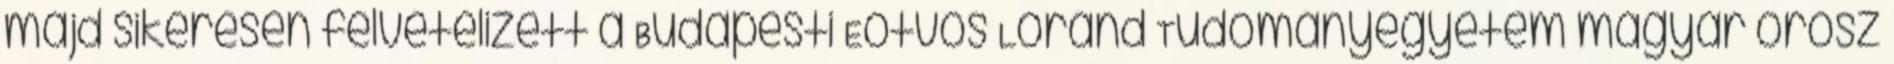
majd sikeresen felvételizett a Budapesti Eötvös Loránd Tudományegyetem magyar–orosz